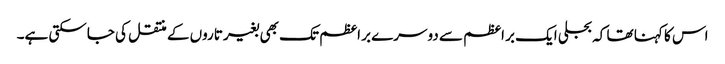
اس کا کہنا تھا کہ بجلی ایک بر اعظم سے دوسرے بر اعظم تک بھی بغیر تاروں کے منتقل کی جاسکتی ہے۔